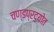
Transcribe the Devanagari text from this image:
चण्डप्रद्योत